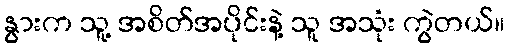
နွားက သူ့ အစိတ်အပိုင်းနဲ့ သူ အသုံး ကွဲတယ်။